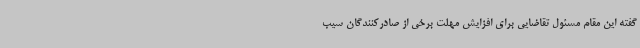
گفته این مقام مسئول تقاضایی برای افزایش مهلت برخی از صادرکنندگان سیب